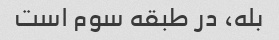
بله، در طبقه سوم است